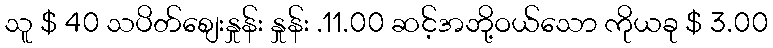
သူ $ 40 သပိတ်စျေးနှုန်း နှုန်း .11.00 ဆင့်အဘို့ဝယ်သော ကိုယခု $ 3.00